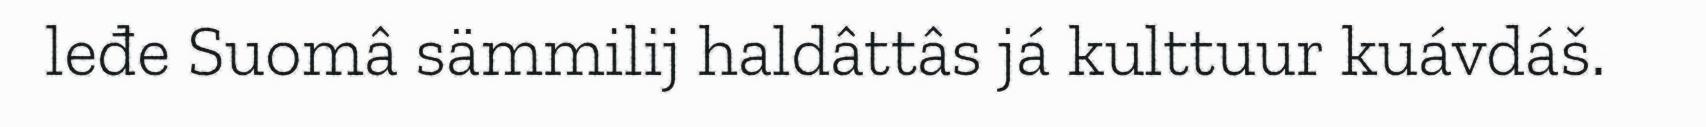
leđe Suomâ sämmilij haldâttâs já kulttuur kuávdáš.